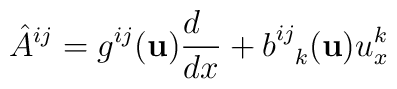
{\hat A}^{ij} = g^{ij} ({\bf u}) {d\phantom{x}\over dx} +b^{ij}_{\phantom{ij}k} ({\bf u}) u^k_x